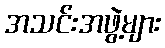
အသင်းအဖွဲ့များ